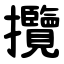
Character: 攬